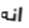
انه